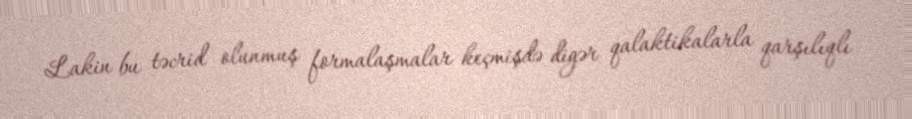
Lakin bu təcrid olunmuş formalaşmalar keçmişdə digər qalaktikalarla qarşılıqlı